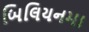
બિલિયનમા